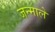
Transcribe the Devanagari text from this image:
जन्माले